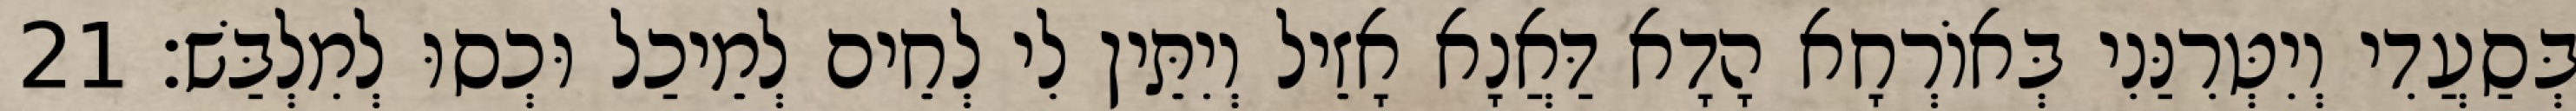
בְּסַעֲדִי וְיִטְּרִנַּנִי בְּאוֹרְחָא הָדָא דַּאֲנָא אָזֵיל וְיִתֵּין לִי לְחֵים לְמֵיכַל וּכְסוּ לְמִלְבַּשׁ׃ 21